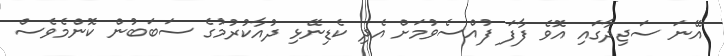
އޭނަ ސަޖިދާގައި އޮވެ ފާފަ ފުއްސެވުމަށް އެދި ކެޑިނޭޅި ދުއާކުރުމުގެ ސަބަބުން ކޮންމެވެސް